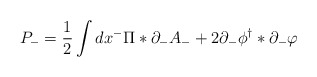
\begin{align*}P_{-} = \frac 1 2 \int dx^{-} \Pi \ast \partial_{-} A_{-} + 2\partial_{-} \phi^{\dag} \ast \partial_{-}\varphi\end{align*}